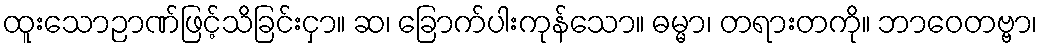
ထူးသောဉာဏ်ဖြင့်သိခြင်းငှာ။ ဆ၊ ခြောက်ပါးကုန်သော။ ဓမ္မာ၊ တရားတကို။ ဘာဝေတဗ္ဗာ၊